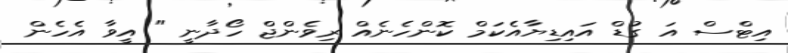
އިޓްސް އަ ގުޑް އައިޑިޔާއެކަމް ކޮންހެނެއް ރިވެންޖް ހޯދާނީ " އީވާ އެހެން